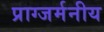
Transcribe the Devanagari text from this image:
प्राग्जर्मनीय